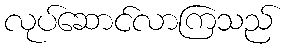
လုပ်ဆောင်လာကြသည်